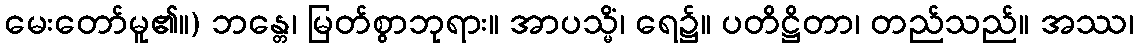
မေးတော်မူ၏။) ဘန္တေ၊ မြတ်စွာဘုရား။ အာပသ္မိံ၊ ရေ၌။ ပတိဋ္ဌိတာ၊ တည်သည်။ အဿ၊